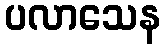
ပလာသေန